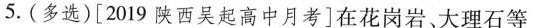
5.(多选)[2019陕西吴起高中月考]在花岗岩、大理石等